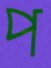
প